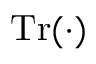
\operatorname { T r } ( \cdot )